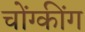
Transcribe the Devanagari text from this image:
चोंग्कींग